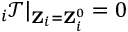
{ \bf \nabla } _ { i } \mathcal { T } | _ { { \bf Z } _ { i } = { \bf Z } _ { i } ^ { 0 } } = 0